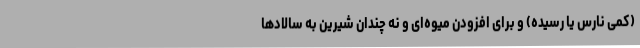
(کمی نارس یا رسیده) و برای افزودن میوه‌ای و نه چندان شیرین به سالادها